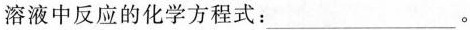
溶液中反应的化学方程式：___。